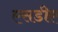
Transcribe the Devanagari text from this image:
एसडीए